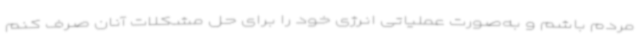
مردم باشم و به‌صورت عملیاتی انرژی خود را برای حل مشکلات آنان صرف کنم